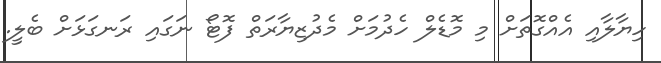
ހިޔާލާއި އެއްގޮތަށް މި މޮޑެލް ހެދުމަށް މެދުޒިޔާރަތް ފޮޓޯ ނަގައި ރަނގަޅަށް ބެލީ.